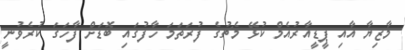
މާޒިޔާ އާއި ޕީޑީއާރުއެމް ކުޅޭ މެޗުގެ ފުރަތަމަ ހާފުގައި ބޮޑަށް ފާހަގަ ކުރެވުނީ